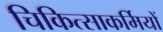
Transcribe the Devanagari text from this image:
चिकित्साकर्मियों